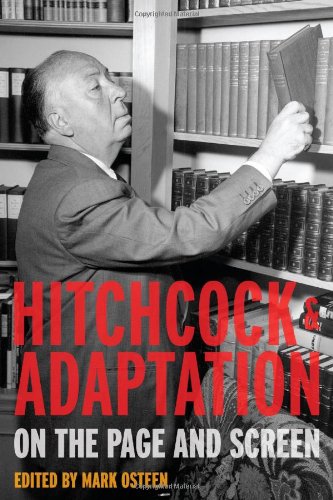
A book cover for Hitchcock and Adaptation: On the Page and Screen; Humor & Entertainment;